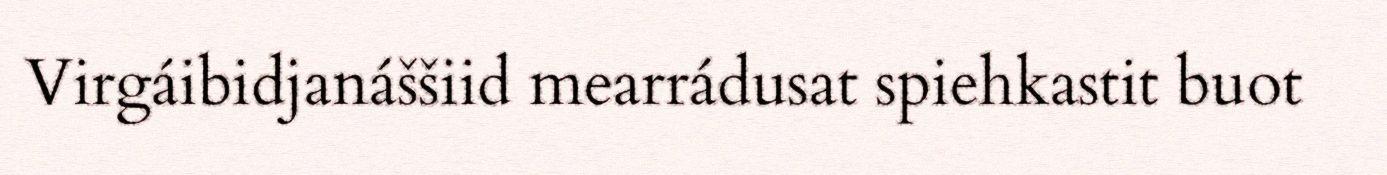
Virgáibidjanáššiid mearrádusat spiehkastit buot